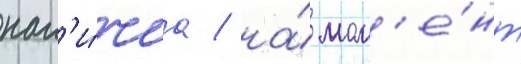
нал'и́чиа / на́ мом'е́нт